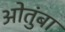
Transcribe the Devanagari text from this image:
ओतुंबा